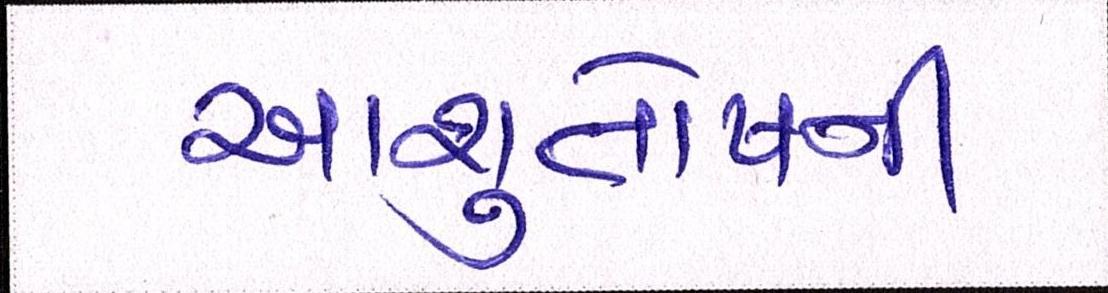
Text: આશુતોષની